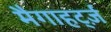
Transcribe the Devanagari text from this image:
मैगाहर्ट्ज़